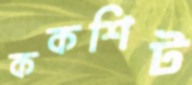
ককশিট